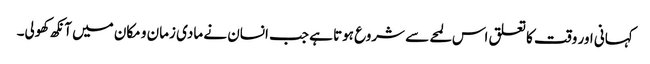
کہانی اور وقت کا تعلق اس لمحے سے شروع ہوتا ہے جب انسان نے مادی زمان و مکان میں آنکھ کھولی۔